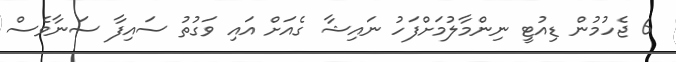
6 ޖެހުމުން ޑިއުޓީ ނިންމާލުމަށްފަހު ނައިޝާ ގެއަށް އައި ވަގުތު ސައިފާ ސަނާވެސް